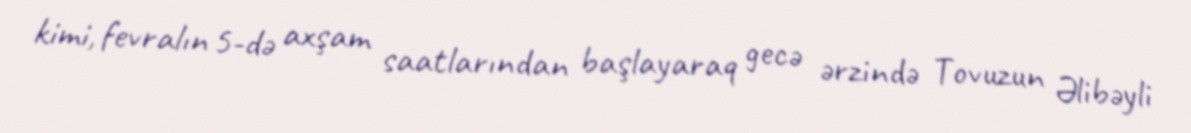
kimi, fevralın 5-də axşam saatlarından başlayaraq gecə ərzində Tovuzun Əlibəyli